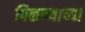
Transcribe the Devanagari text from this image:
पिकण्याच्या